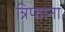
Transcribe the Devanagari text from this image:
त्रिफाना